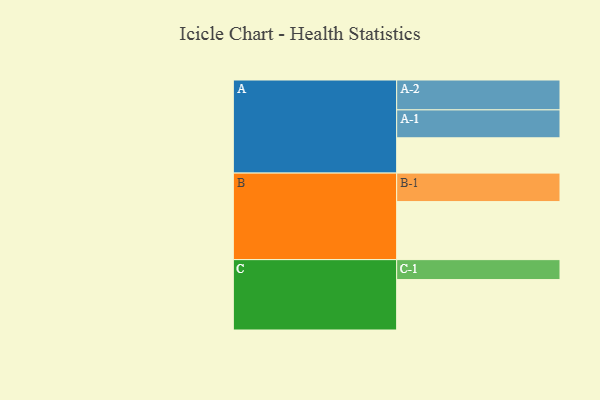
{"axis": {"x": "Segment", "y": "Value"}, "legend": ["", "A", "B", "C"], "data": [{"x": "A", "y": 306, "type": ""}, {"x": "B", "y": 503, "type": ""}, {"x": "C", "y": 437, "type": ""}, {"x": "A-1", "y": 242, "type": "A"}, {"x": "A-2", "y": 259, "type": "A"}, {"x": "B-1", "y": 247, "type": "B"}, {"x": "C-1", "y": 173, "type": "C"}]}